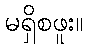
မရှိစဖူး။